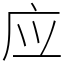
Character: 应